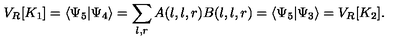
V _ { R } [ K _ { 1 } ] = \langle \Psi _ { 5 } | \Psi _ { 4 } \rangle = \sum _ { l , r } A ( l , l , r ) B ( l , l , r ) = \langle \Psi _ { 5 } | \Psi _ { 3 } \rangle = V _ { R } [ K _ { 2 } ] .